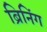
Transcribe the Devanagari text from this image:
ब्रिनिंग